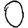
Digit: 0